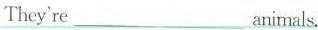
They re___animals.